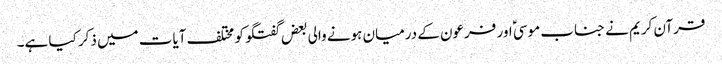
قرآن کریم نے جناب موسیؑ اور فرعون کے درمیان ہونے والی بعض گفتگو کو مختلف آیات میں ذکر کیا ہے۔